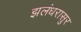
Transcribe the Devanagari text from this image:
झलंधरासुर